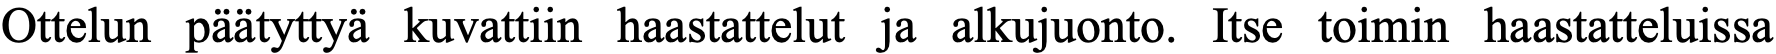
Ottelun päätyttyä kuvattiin haastattelut ja alkujuonto. Itse toimin haastatteluissa